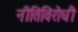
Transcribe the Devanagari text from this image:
नीतिविरोधी